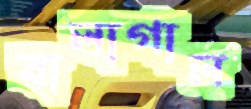
বালাগাল